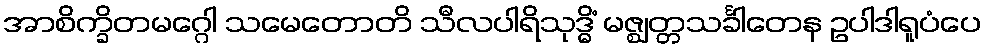
အာစိက္ခိတမဂ္ဂေါ သမေတောတိ သီလပါရိသုဒ္ဓိံ မဇ္ဈတ္တသင်္ခါတေန ဥပါဒါရူပံပေ